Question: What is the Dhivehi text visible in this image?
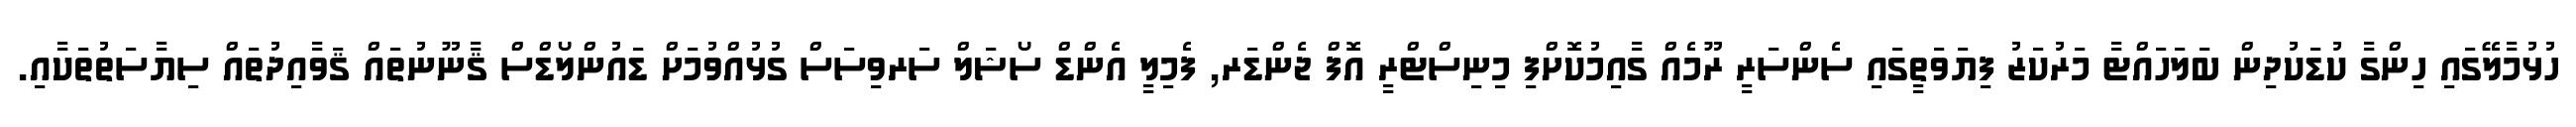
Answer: ހުޅުމާލޭގައި ހިންގާ ކުޑަކުދިން ބަލަހައްޓާ މަރުކަޒު ފިޔަވަތީގައި ސެންސަރީ ރޫމެއް ގާއިމުކޮށްފި މިނިސްޓްރީ އޮފް ޖެންޑަރ, ފެމިލީ އެންޑް ސޯޝަލް ސަރވިސަސް ގުޅުއްވުމަށް ޑައުންލޯޑްސް ޤާނޫނުތައް ޤަވާއިދުތައް ސިޔާސަތުތަކާއި.